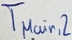
Text: TMain,2